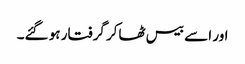
اور اسے بیس ٹھاکر گرفتار ہو گئے۔